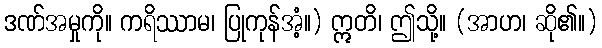
ဒဏ်အမှုကို။ ကရိဿာမ၊ ပြုကုန်အံ့။) ဣတိ၊ ဤသို့။ (အာဟ၊ ဆို၏။)